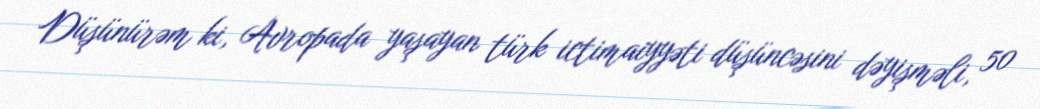
Düşünürəm ki, Avropada yaşayan türk ictimaiyyəti düşüncəsini dəyişməli, 50